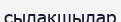
сылақшылар